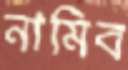
নামিব